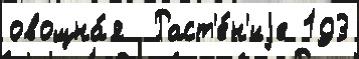
овощна́я  Раст'е́н'иjе 193